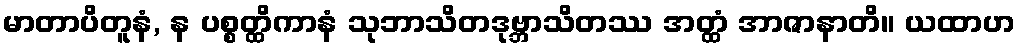
မာတာပိတူနံ, န ပစ္စတ္ထိကာနံ သုဘာသိတဒုဗ္ဘာသိတဿ အတ္ထံ အာဇာနာတိ။ ယထာဟ